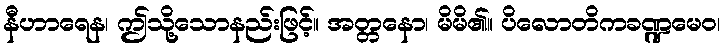
နီဟာရေန၊ ဤသို့သောနည်းဖြင့်။ အတ္တနော၊ မိမိ၏။ ပိလောတိကခဏ္ဍမေဝ၊